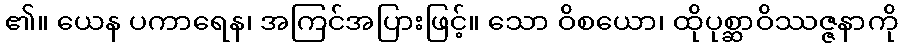
၏။ ယေန ပကာရေန၊ အကြင်အပြားဖြင့်။ သော ဝိစယော၊ ထိုပုစ္ဆာဝိဿဇ္ဇနာကို